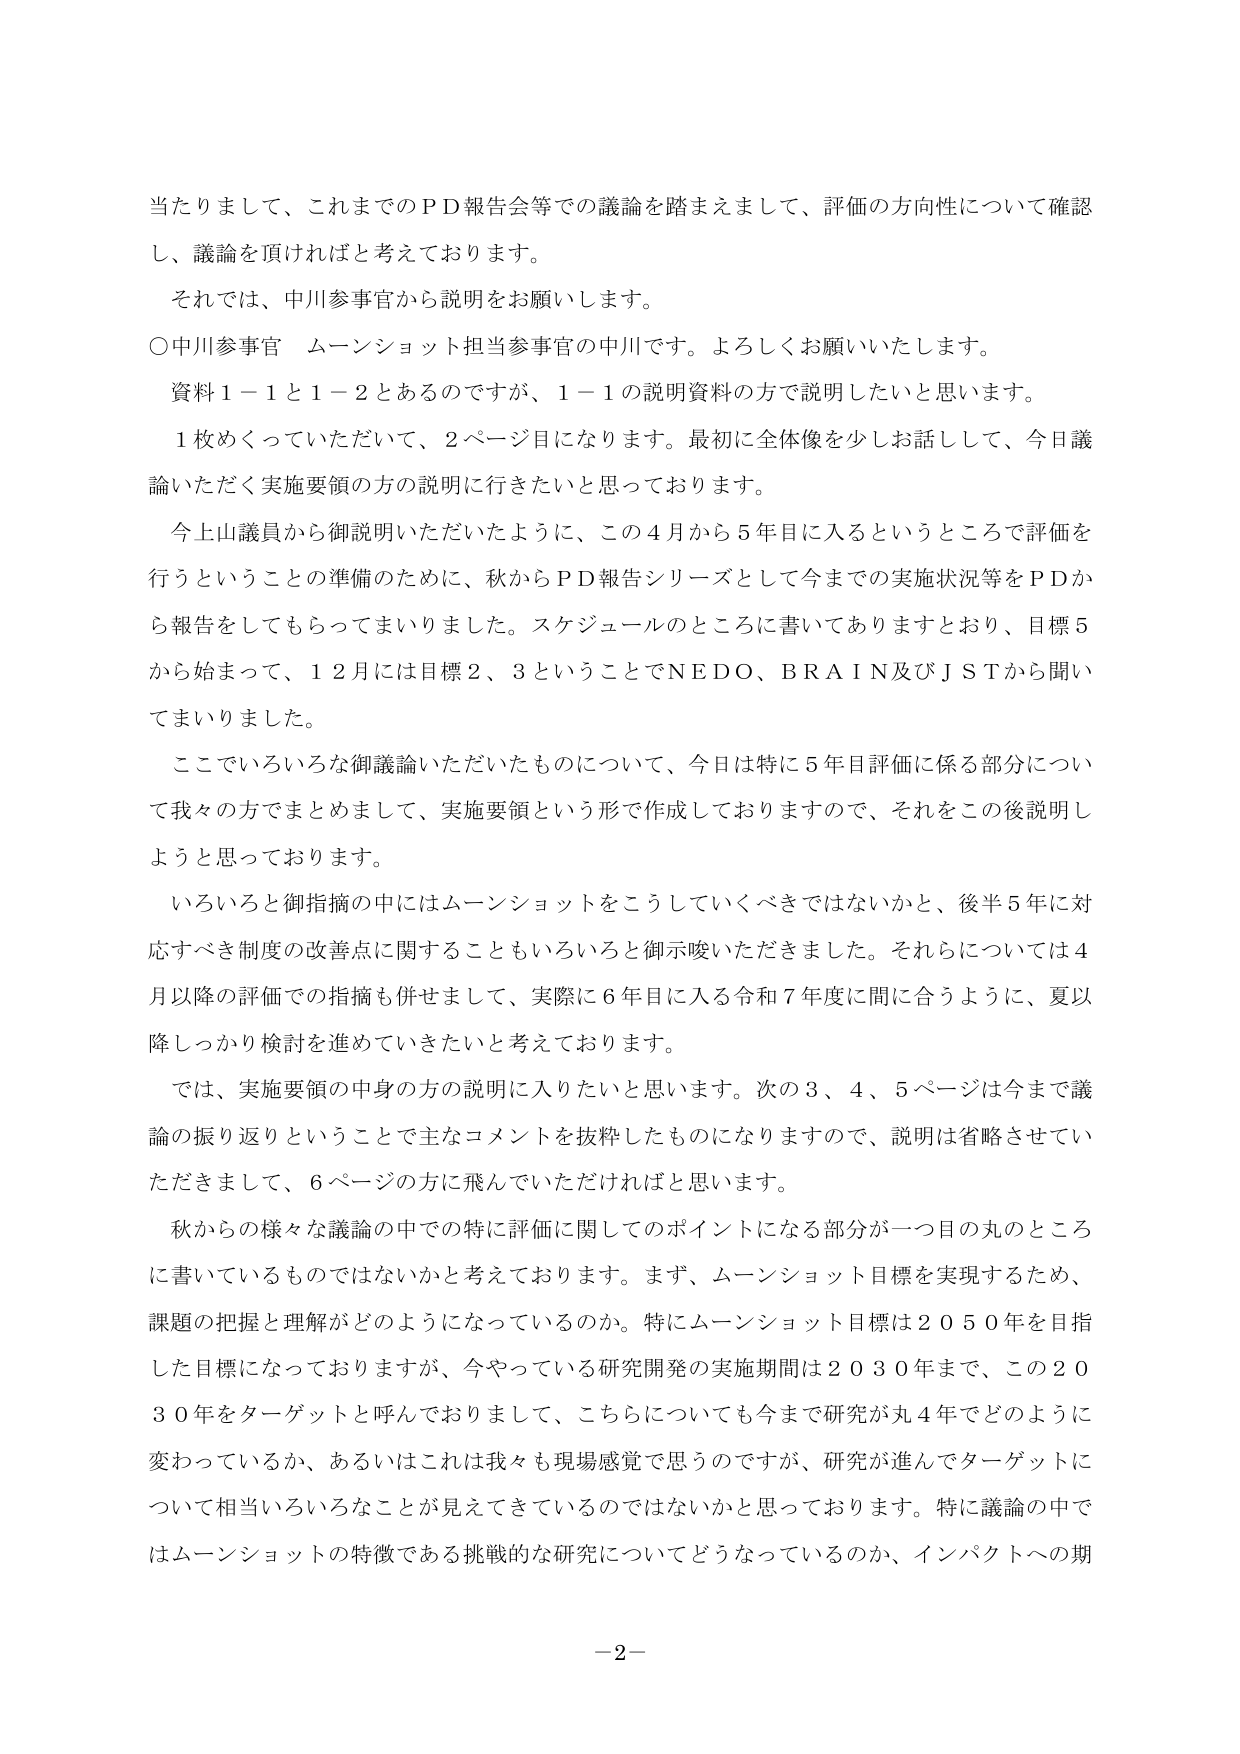
当たりまして、これまでのＰＤ報告会等での議論を踏まえまして、評価の方向性について確認し、議論を頂ければと考えております。

それでは、中川参事官から説明をお願いします。

〇中川参事官　ムーンショット担当参事官の中川です。よろしくお願いいたします。

資料１－１と１－２とあるのですが、１－１の説明資料の方で説明したいと思います。

１枚めくっていただいて、２ページ目になります。最初に全体像を少しお話しして、今日議論いただく実施要領の方の説明に行きたいと思っております。

今上山議員から御説明いただいたように、この４月から５年目に入るというところで評価を行うということの準備のために、秋からＰＤ報告シリーズとして今までの実施状況等をＰＤから報告をしてもらってまいりました。スケジュールのところに書いてありますとおり、目標５から始まって、１２月には目標２、３ということでＮＥＤＯ、ＢＲＡＩＮ及びＪＳＴから聞いてまいりました。

ここでいろいろな御議論いただいたものについて、今日は特に５年目評価に係る部分について我々の方でまとめまして、実施要領という形で作成しておりますので、それをこの後説明しようと思っております。

いろいろと御指摘の中にはムーンショットをこうしていくべきではないかと、後半５年に対応すべき制度の改善点に関することもいろいろと御示唆いただきました。それらについては４月以降の評価での指摘も併せまして、実際に６年目に入る令和７年度に間に合うように、夏以降しっかり検討を進めていきたいと考えております。

では、実施要領の中身の方の説明に入りたいと思います。次の３、４、５ページは今まで議論の振り返りということで主なコメントを抜粋したものになりますので、説明は省略させていただきますまして、６ページの方に飛んでいただければと思います。

秋からの様々な議論の中での特に評価に関してのポイントになる部分が一つ目の丸のところに書いているものではないかと考えております。まず、ムーンショット目標を実現するため、課題の把握と理解がどのようになっているのか。特にムーンショット目標は２０５０年を目指した目標になっておりますが、今やっている研究開発の実施期間は２０３０年まで、この２０３０年をターゲットと呼んでおりまして、こちらについても今まで研究が丸４年でどのように変わっているか、あるいはこれは我々も現場感覚で思うのですが、研究が進んでターゲットについて相当いろいろなことが見えてきているのではないかと思っております。特に議論の中ではムーンショットの特徴である挑戦的な研究についてどうなっているのか、インパクトへの期

－２－